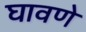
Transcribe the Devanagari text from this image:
घावणे